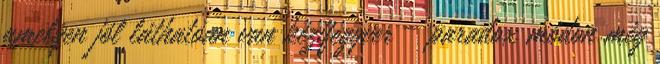
amelyen jól láthatóan van kézifegyver – paradox módon még